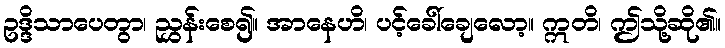
ဥဒ္ဒိသာပေတွာ၊ ညွှန်းစေ၍။ အာနေဟိ၊ ပင့်ခေါ်ချေလော့။ ဣတိ၊ ဤသို့ဆို၏။